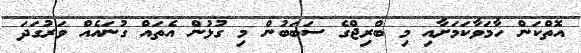
އޮތްކަން ހާމަވާކަމަށާއި މި ބްރިޖްގެ ސަބަބުން މި ގުޅުން އެތައް ގުނައެއް ވަރުގަދަ